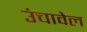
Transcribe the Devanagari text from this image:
उंचावेल